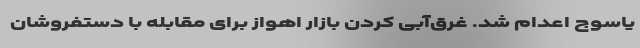
یاسوج اعدام شد. غرق‌آبی کردن بازار اهواز برای مقابله با دستفروشان